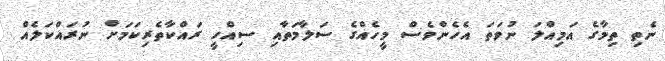
ނެތި ތިމާގެ އަމިއްލަ ނުވަތަ އެހެންވެސް މީހެއްގެ ސަލާމަތާއި ސިއްހީ ރައްކާތެރިކަމަށް ނުރައްކަލެއް